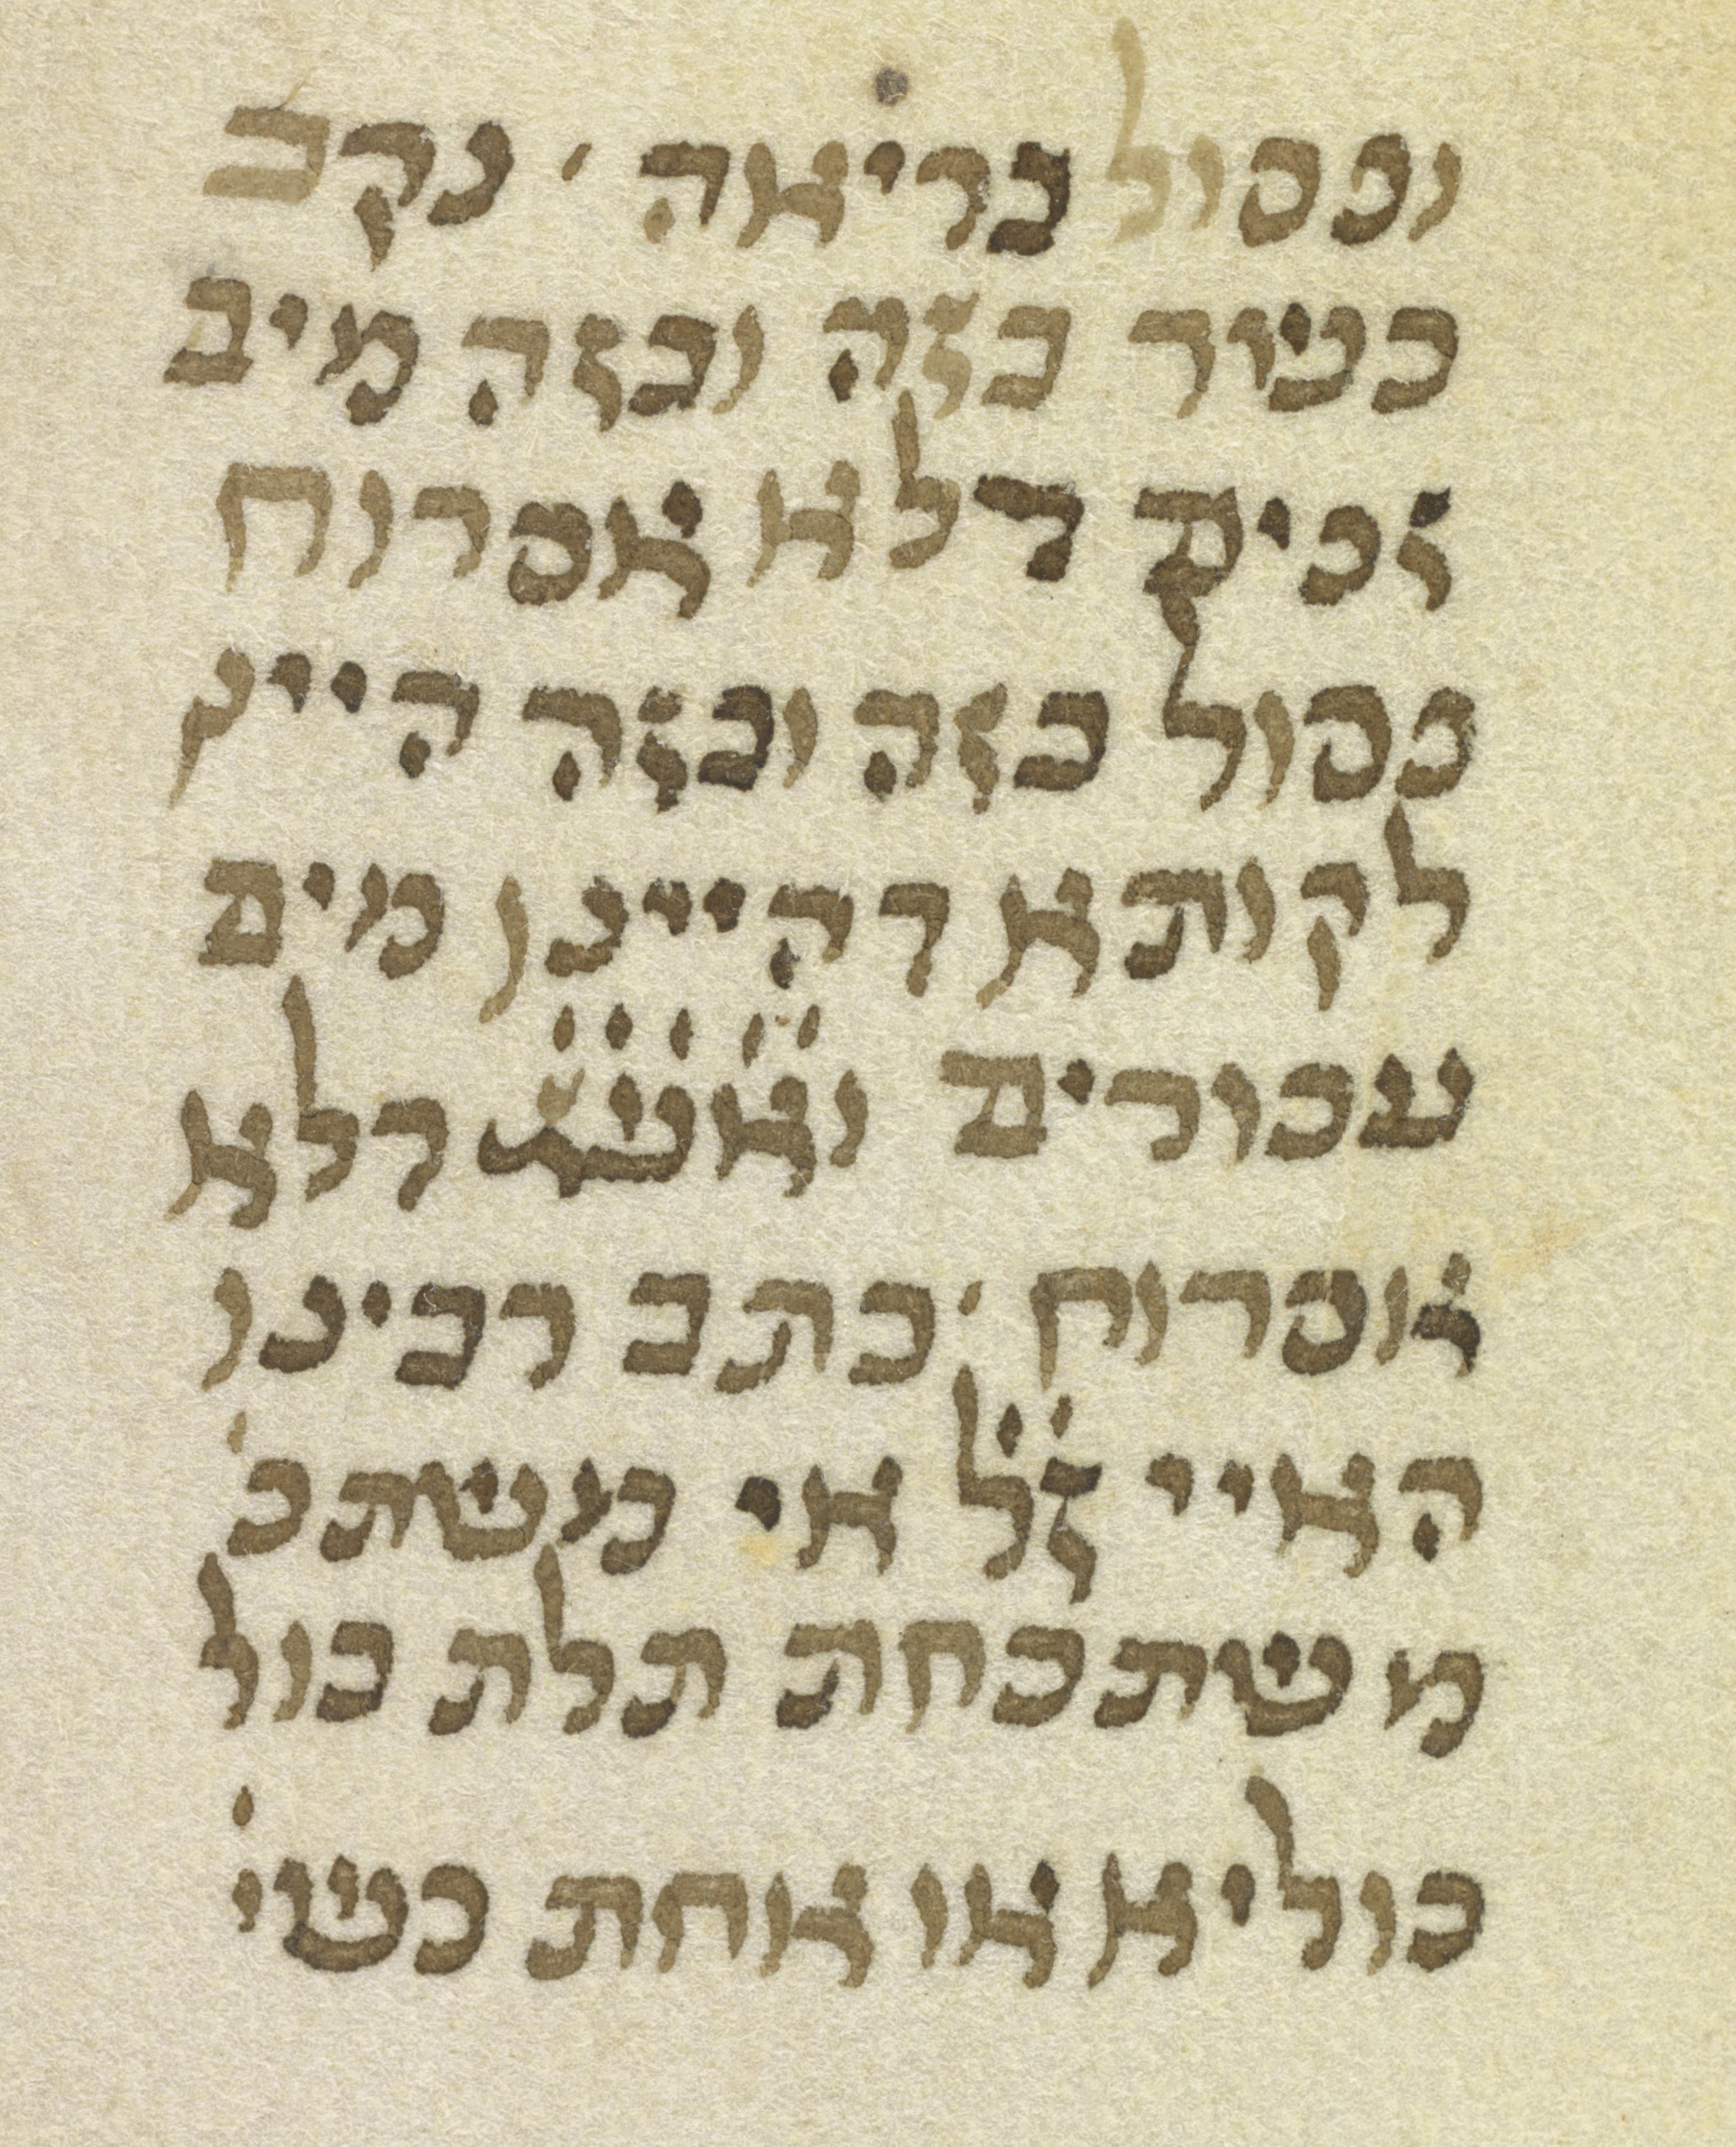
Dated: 1300–1399